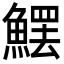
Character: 𩺩